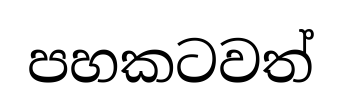
පහකටවත්